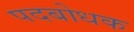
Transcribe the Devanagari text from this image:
पदबोधक